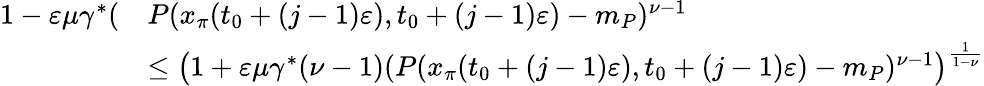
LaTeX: \begin{array}{rl}{1-\varepsilon\mu\gamma^{*}(}&{P(x_{\pi}(t_{0}+(j-1)\varepsilon),t_{0}+(j-1)\varepsilon)-m_{P})^{\nu-1}}\\ &{\le\big(1+\varepsilon\mu\gamma^{*}(\nu-1)(P(x_{\pi}(t_{0}+(j-1)\varepsilon),t_{0}+(j-1)\varepsilon)-m_{P})^{\nu-1}\big)^{\frac{1}{1-\nu}}}\end{array}